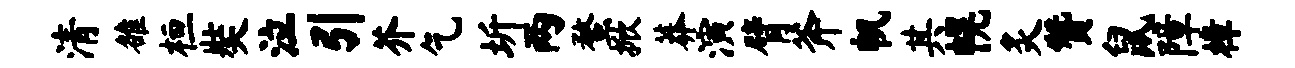
清雒桓奘泣引芥乞圻两蝥掀莽演臂斧帆其幌炙赞鼠障樟